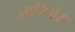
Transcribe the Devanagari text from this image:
लारिपोरा